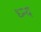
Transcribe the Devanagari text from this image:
ध्न्य